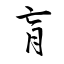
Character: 肓